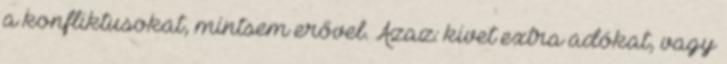
a konfliktusokat, mintsem erővel. Azaz: kivet extra adókat, vagy